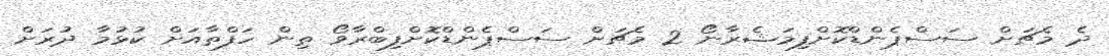
ދެ މެޗަށް ސަސްޕެންޑްކޮށްފިމަޝެރާނޯ 2 މެޗަށް ސަސްޕެންޑްކޮށްފިބްރާވޯ ތިން ހަފްތާއަށް ކުޅުމާ ދުރަށް